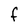
Character: F